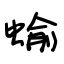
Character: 蝓